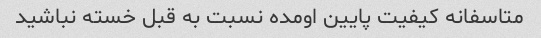
متاسفانه کیفیت پایین اومده نسبت به قبل خسته نباشید